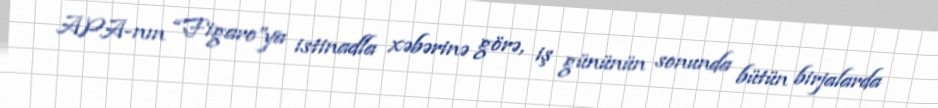
APA-nın “Figaro”ya istinadla xəbərinə görə, iş gününün sonunda bütün birjalarda